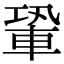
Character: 䡗